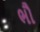
ભૌ